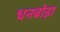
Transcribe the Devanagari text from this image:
धनबोड़ा